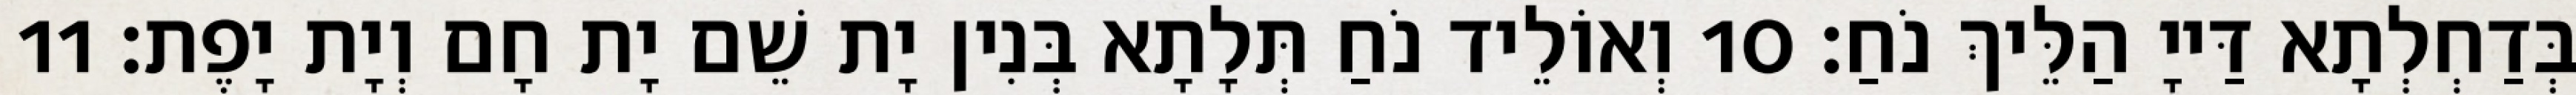
בְּדַחְלְתָא דַּייָ הַלֵּיךְ נֹחַ׃ 10 וְאוֹלֵיד נֹחַ תְּלָתָא בְּנִין יָת שֵׁם יָת חָם וְיָת יָפֶת׃ 11